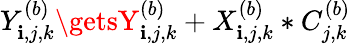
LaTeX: Y_{\mathbf{i},j,k}^{(b)}\getsY_{\mathbf{i},j,k}^{(b)}+X_{\mathbf{i},j,k}^{(b)}*C_{j,k}^{(b)}